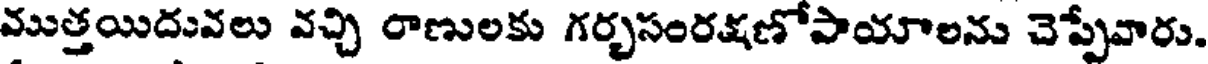
ముత్తయిదువలు వచ్చి రాణులకు గర్భసంరక్షణోపాయాలను చెప్పేవారు.